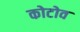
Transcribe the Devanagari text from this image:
कोटोव